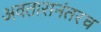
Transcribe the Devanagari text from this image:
अवतारानंतरच